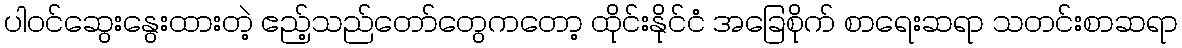
ပါဝင်ဆွေးနွေးထားတဲ့ ဧည့်သည်တော်တွေကတော့ ထိုင်းနိုင်ငံ အခြေစိုက် စာရေးဆရာ သတင်းစာဆရာ